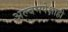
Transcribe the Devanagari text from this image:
अल्बमपेक्षाही